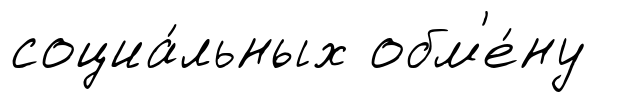
социа́льных обм'е́ну